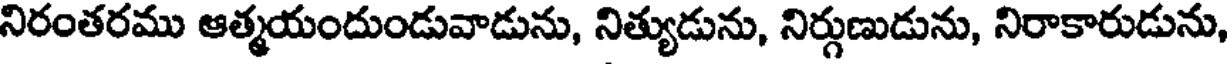
నిరంతరము ఆత్మయందుండువాడును, నిత్యుడును, నిర్గుణుడును, నిరాకారుడును,